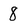
Character: 8